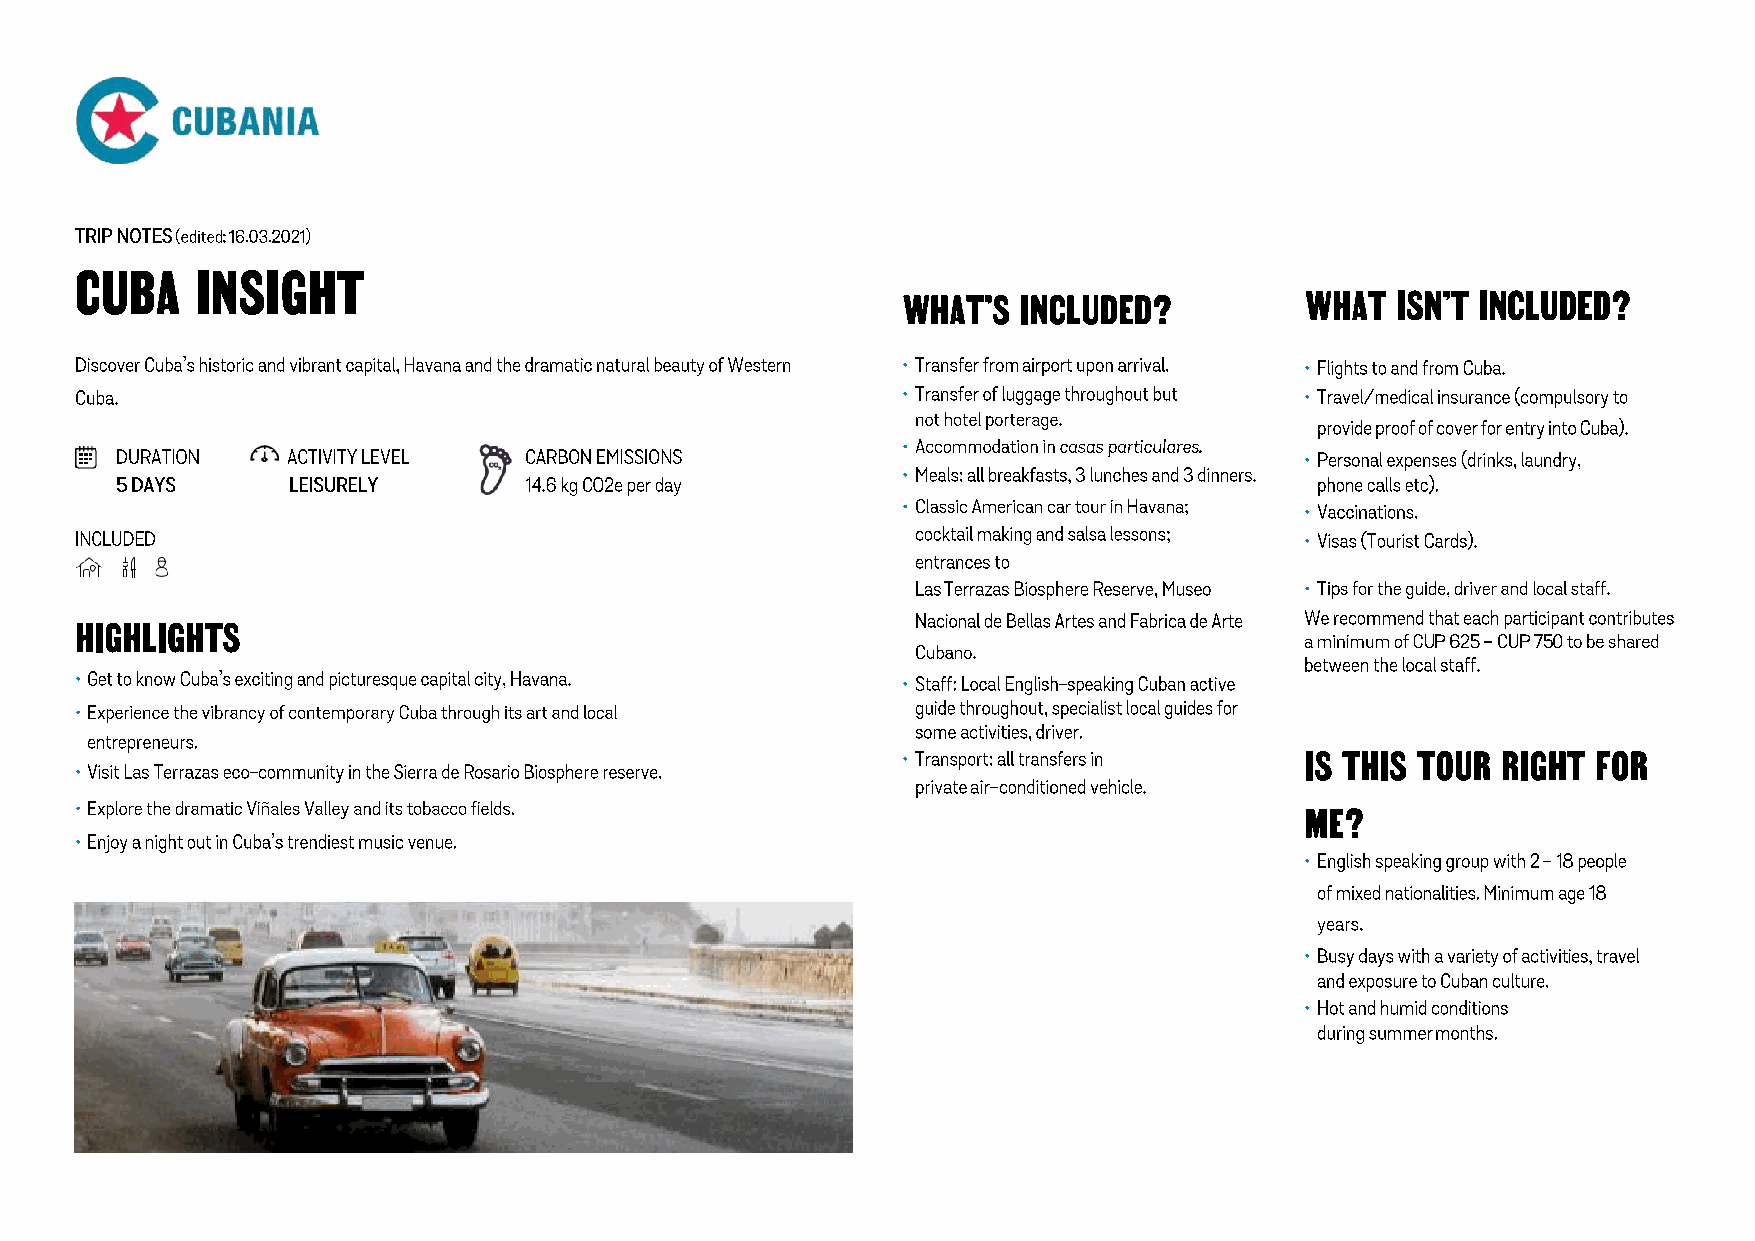
CUBA    INSIGHT
 WHAT’S  INCLUDED?         WHAT  ISN’T INCLUDED?
 HIGHLIGHTS
 IS THIS TOUR RIGHT  FOR
 ME?